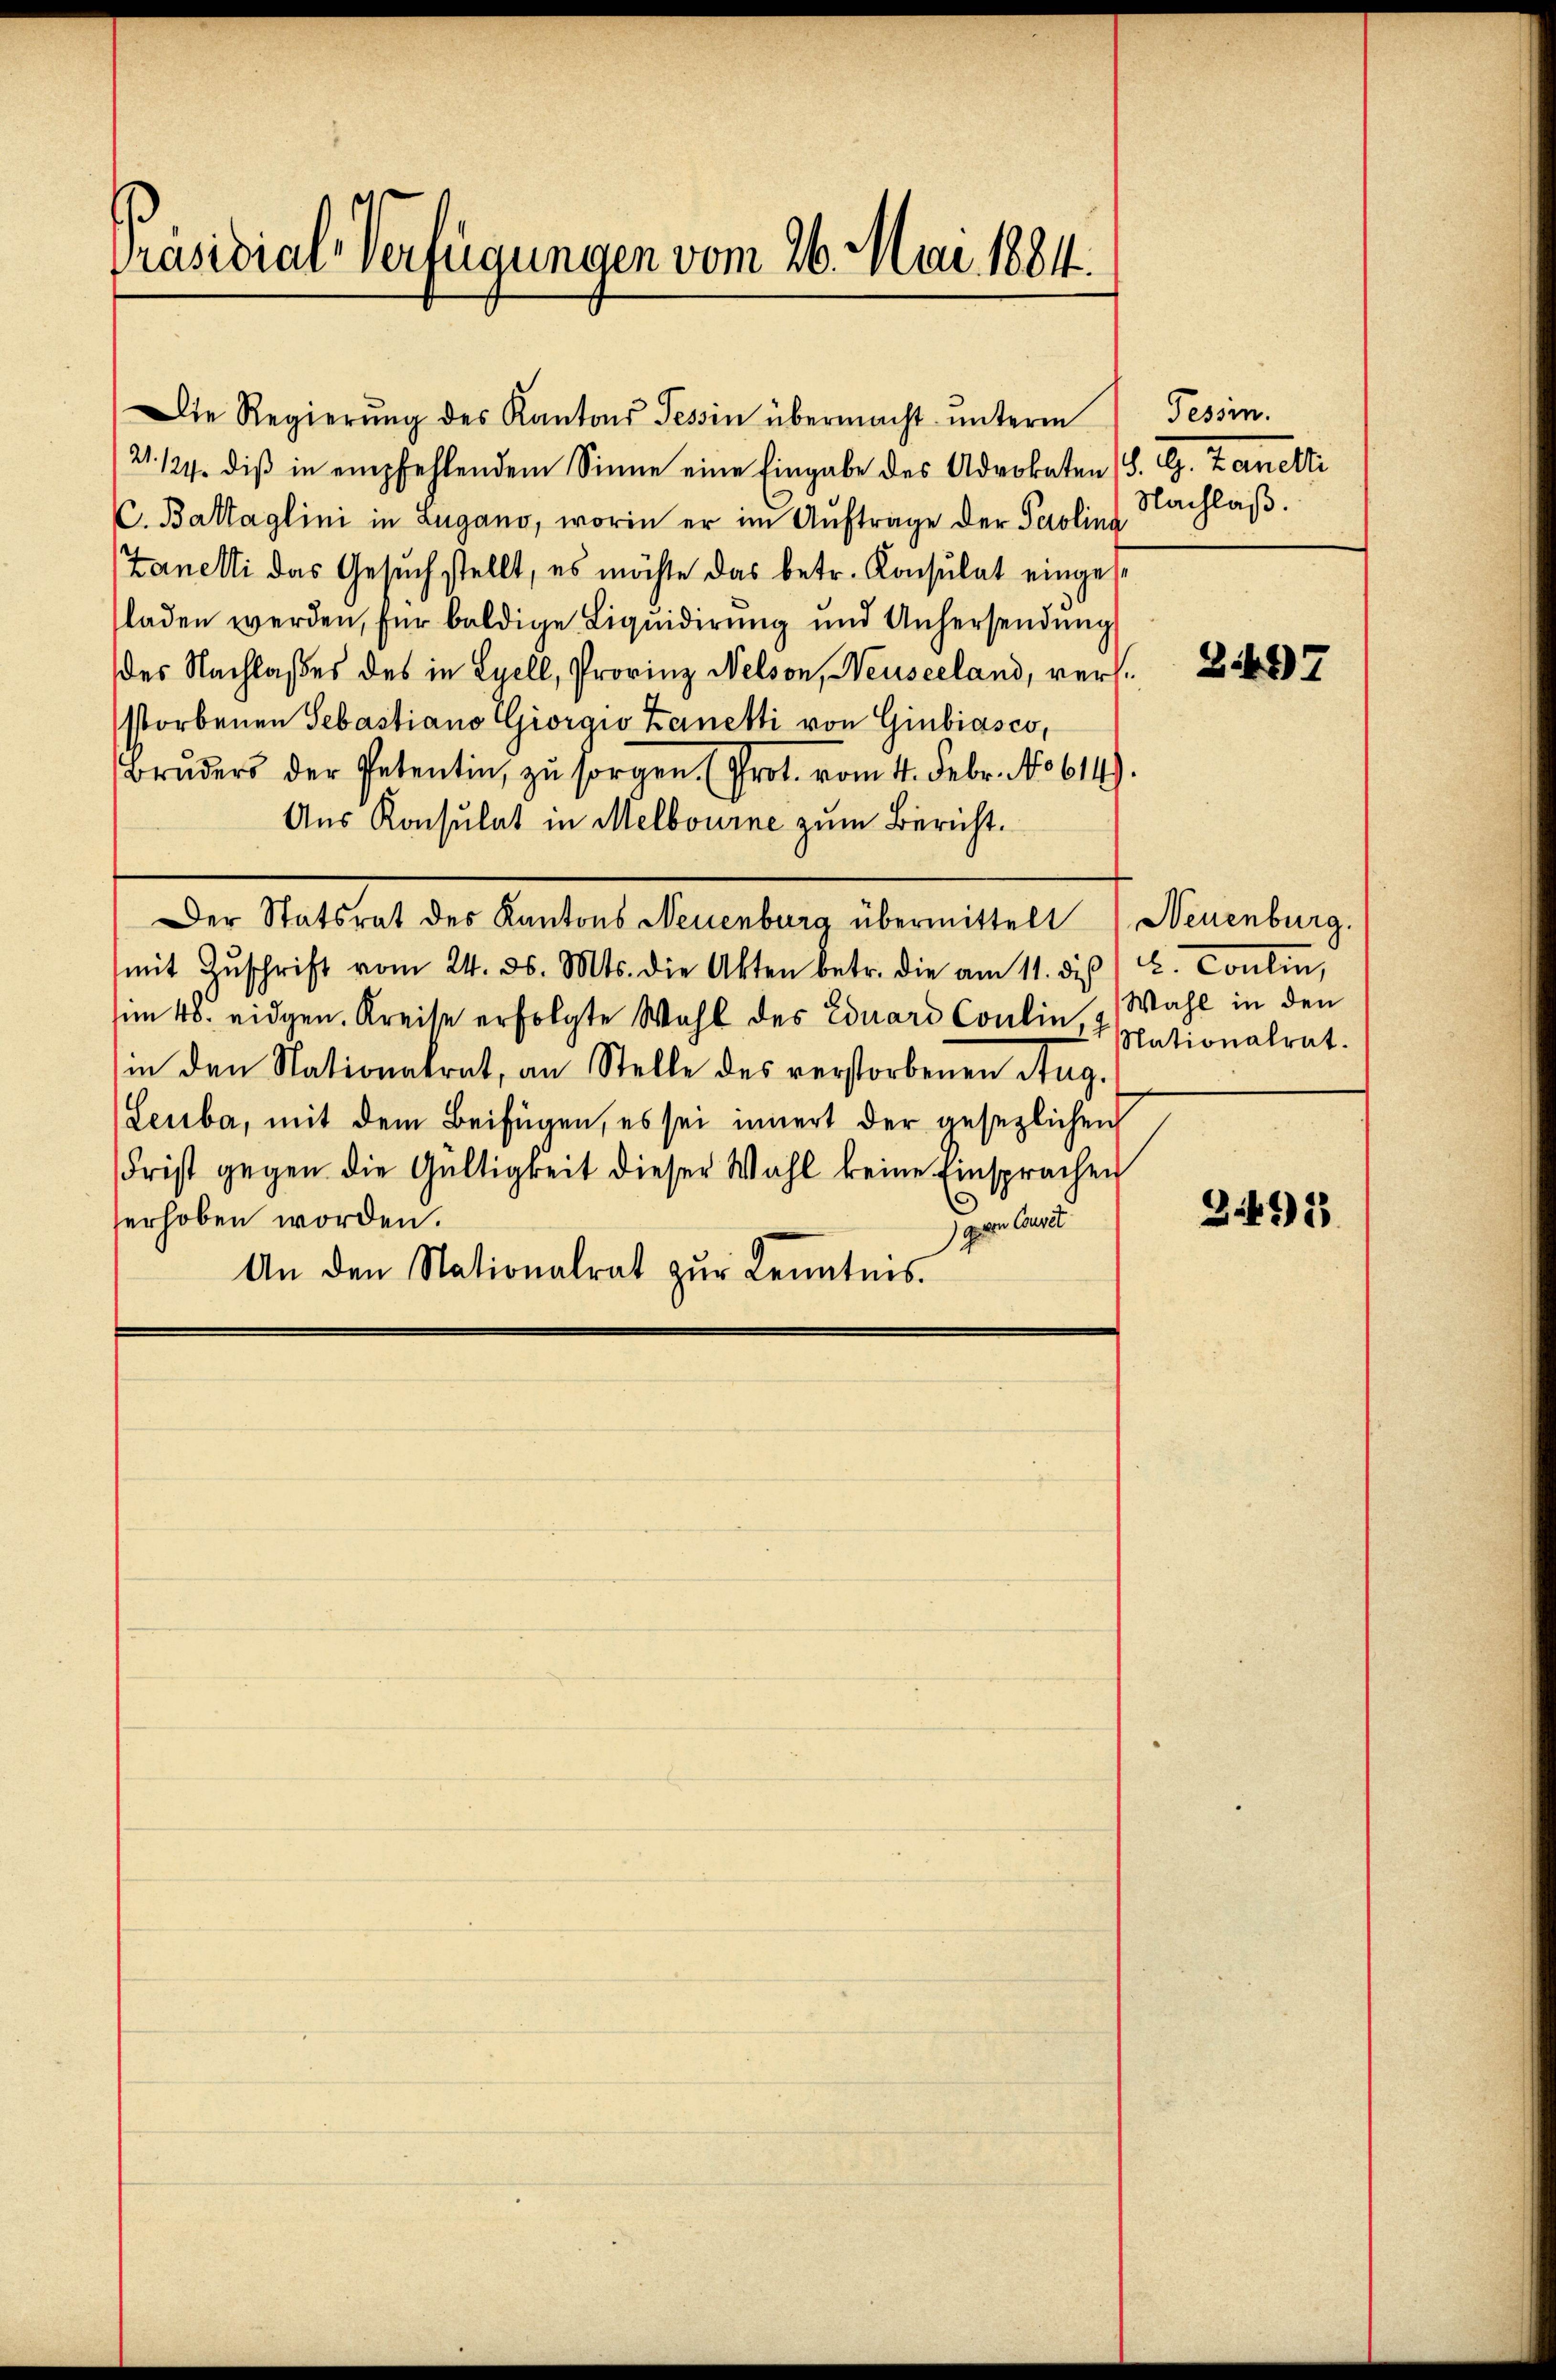
Präsidial-Verfügungen vom 26. Mai 1884.

21. 124. diβ in empfehlendem Sinne eine Eingabe des Advokaten (S. G. Zanetti
C. Battaglini in Zugano, worin er im Aufträge der Perolina
Zanelli das Gesuch stellt, es möchte das betr. Konsulat eingest
laden werden, für baldige Liqŭidierŭng und Anhersendŭng
des Nachlaßes des in Lyell, Provinz Nelson, Neuseeland, versstorbenen Sebastiano Giorgio Keinetti von Giubiasco,
Brŭders der Petentin zŭ sorgen (Prot. vom 4. Febr. 10614).
Aus Konsulat in Melbourne zum Bericht.
Der Statsrat des Kantons Neuenburg übermittelt) Neuenburg.
mit Zŭschrift vom 24. d. Mts. die Akten betr. die am 11. dieß) u. Contin,
im 48. eidgen. Kreise erfolgte Wahl des Eduard Coulin, dationalrat.
in den Nationalrat, an Stelle des verstorbenen Aug.
Leuba, mit dem Beifügen, es sei innert der ansezlichen
Frist gegen die Gültigkeit dieser Wahl keine Einsprachen
.
erhoben worden.
gegen Concil
An den Nationalrat zŭr Kenntnis.

Die Regierŭng des Kantons Tessin übermacht ŭnterm

Tessin.
Nachlaß.

Z.497

Wahl in den

3491